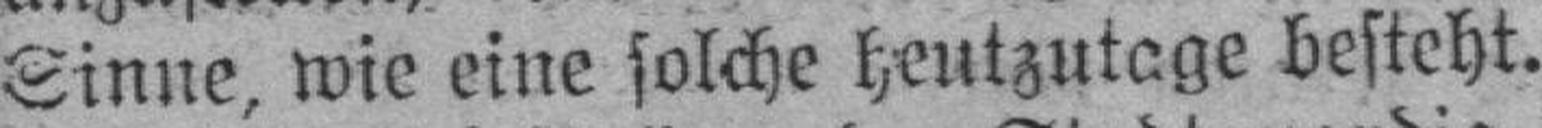
Sinne, wie eine solche heutzutage besteht.